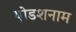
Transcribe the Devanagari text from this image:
षोडशनाम